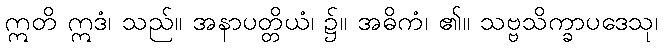
ဣတိ ဣဒံ၊ သည်။ အနာပတ္တိယံ၊ ၌။ အဓိကံ၊ ၏။ သဗ္ဗသိက္ခာပဒေသု၊